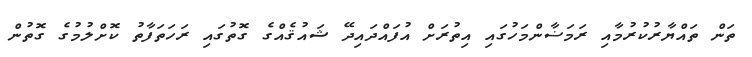
ތަން ތައްޔާރުކުރުމާއި ރަމަޟާންމަހުގައި އިތުރަށް އުފައްދައިދޭ ޝައުޤެއްގެ ގޮތުގައި ރަހަތަފާތު ކޮށްލުމުގެ ގޮތުން